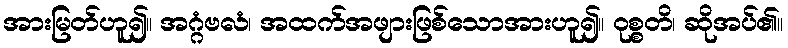
အားမြတ်ဟူ၍။ အဂ္ဂံဗလံ၊ အထက်အဖျားဖြစ်သောအားဟူ၍။ ဝုစ္စတိ၊ ဆိုအပ်၏။